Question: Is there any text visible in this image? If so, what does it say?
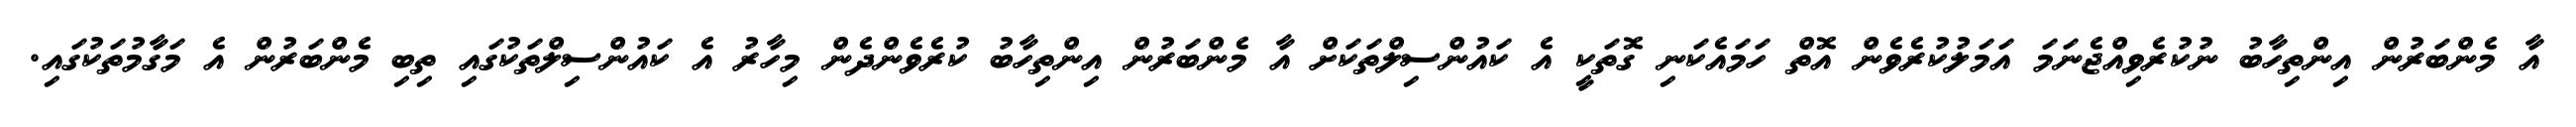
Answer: އާ މެންބަރުން އިންތިހާބު ނުކުރެވިއްޖެނަމަ އަމަލުކުރެވެން އޮތް ހަމައެކަނި ގޮތަކީ އެ ކައުންސިލްތަކަށް އާ މެންބަރުން އިންތިހާބު ކުރެވެންދެން މިހާރު އެ ކައުންސިލްތަކުގައި ތިބި މެންބަރުން އެ މަގާމުތަކުގައި.